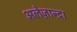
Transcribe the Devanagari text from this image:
अलेज़ान्द्रा